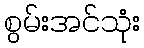
စွမ်းအင်သုံး